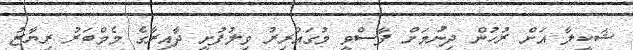
ޝަކީލާ އަށް ރުހުން ދިނުމަށް ފާސްވީ މުގައްރިރު ވިލުފުށީ ދާއިރާގެ މެމްބަރު ރިޔާޒު